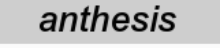
anthesis